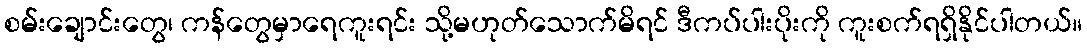
စမ်းချောင်းတွေ၊ ကန်တွေမှာရေကူးရင်း သို့မဟုတ်သောက်မိရင် ဒီကပ်ပါးပိုးကို ကူးစက်ရရှိနိုင်ပါတယ်။